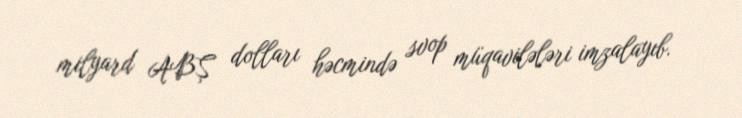
milyard ABŞ dolları həcmində svop müqavilələri imzalayıb.